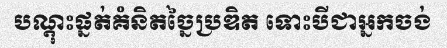
បណ្តុះផ្នត់គំនិតច្នៃប្រឌិត ទោះបីជាអ្នកចង់